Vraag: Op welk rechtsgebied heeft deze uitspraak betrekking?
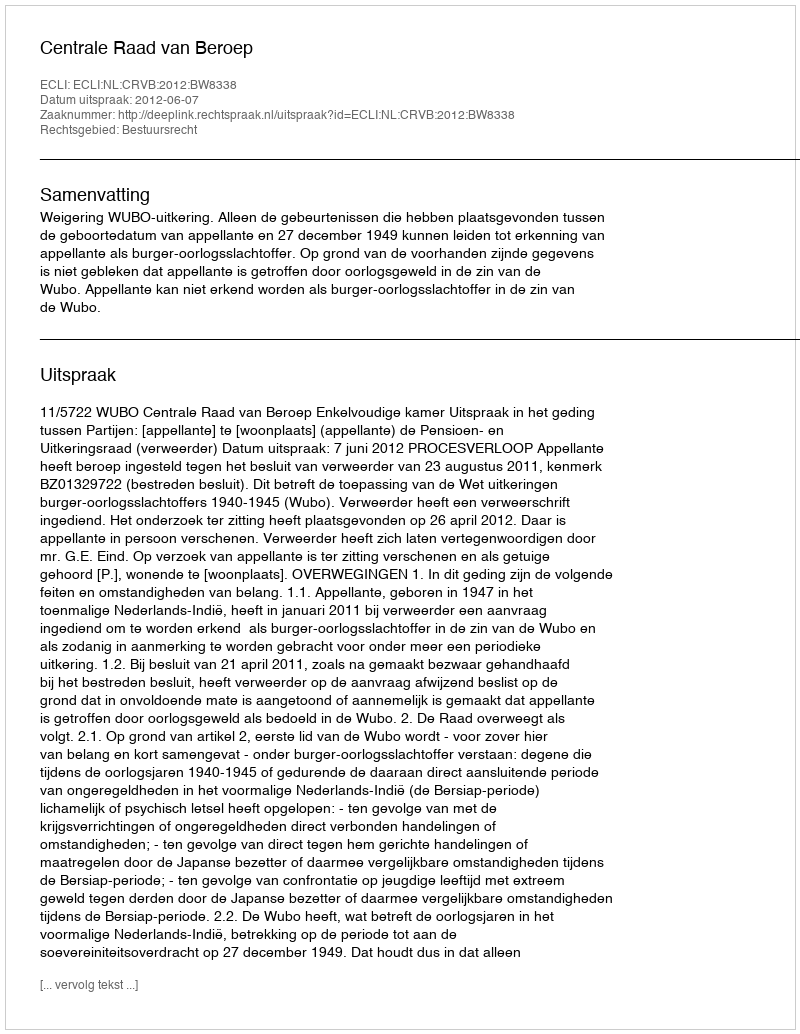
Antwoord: Bestuursrecht